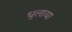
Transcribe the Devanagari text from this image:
धुलाया